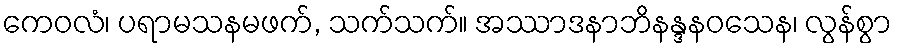
ကေဝလံ၊ ပရာမသနမဖက်, သက်သက်။ အဿာဒနာဘိနန္ဒနဝသေန၊ လွန်စွာ